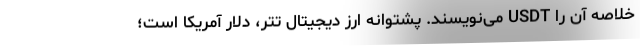
خلاصه آن را USDT می‌نویسند. پشتوانه ارز دیجیتال تتر، دلار آمریکا است؛